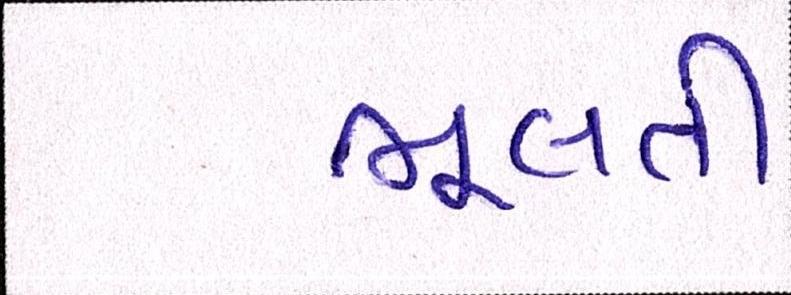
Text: ભૂલતી